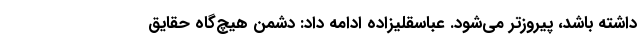
داشته باشد، پیروزتر می‌شود. عباسقلیزاده ادامه داد: دشمن هیچ‌گاه حقایق